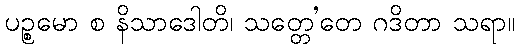
ပဉ္စမော စ နိသာဒေါတိ၊ သတ္တေ’တေ ဂဒိတာ သရာ။